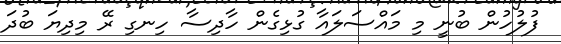
ފުލުހުން ބުނީ މި މައްސަލައާ ގުޅިގެން ހާދިސާ ހިނގި ރޭ މިދިޔަ ބުދަ